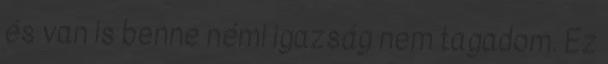
és van is benne némi igazság nem tagadom. Ez